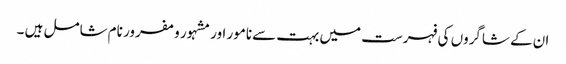
ان کے شاگروں کی فہرست میں بہت سےنامور اور مشہور و مفرور نام شامل ہیں ۔